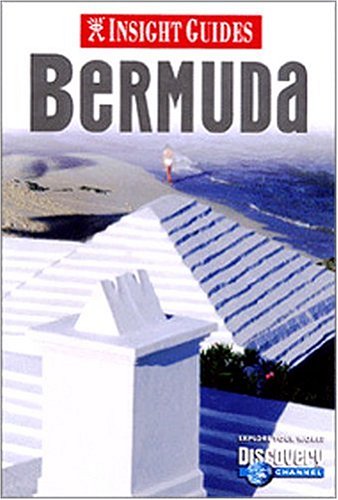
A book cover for Insight Guide Bermuda (Insight Guides); Brian Bell; Travel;